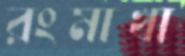
রংমাখা